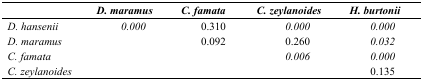
<table><thead><tr><td></td><td><b><i>D. maramus </i></b></td><td><b><i>C. famata </i></b></td><td><b><i>C. zeylanoides </i></b></td><td><b><i>H. burtonii </i></b></td></tr></thead><tbody><tr><td><i>D. hansenii </i></td><td><i>0.000</i></td><td>0.310</td><td><i>0.000</i></td><td><i>0.000</i></td></tr><tr><td><i>D. maramus </i></td><td></td><td>0.092</td><td>0.260</td><td><i>0.032</i></td></tr><tr><td><i>C. famata </i></td><td></td><td></td><td><i>0.006</i></td><td><i>0.000</i></td></tr><tr><td><i>C. zeylanoides </i></td><td></td><td></td><td></td><td>0.135</td></tr></tbody></table>